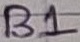
Text: B1